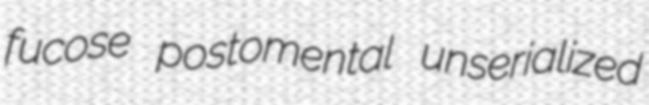
fucose postomental unserialized